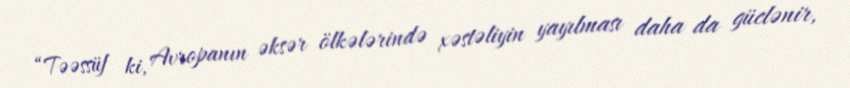
“Təəssüf ki, Avropanın əksər ölkələrində xəstəliyin yayılması daha da güclənir,